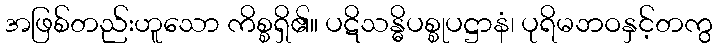
အဖြစ်တည်းဟူသော ကိစ္စရှိ၏။ ပဋိသန္ဓိပစ္စုပဋ္ဌာနံ၊ ပုရိမဘဝနှင့်တကွ